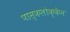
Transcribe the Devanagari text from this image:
पास्कलोक्केन